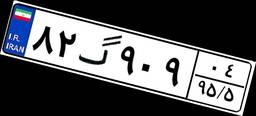
۸۲گ۹۰۹۰۴